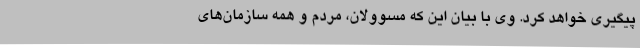
پیگیری خواهد کرد. وی با بیان این که مسوولان، مردم و همه سازمان‌های